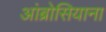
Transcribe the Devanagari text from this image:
आंब्रोसियाना